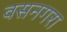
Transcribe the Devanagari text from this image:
वसनगरा